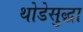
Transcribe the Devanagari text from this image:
थोडेसुद्धा